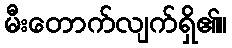
မီးတောက်လျက်ရှိ၏။